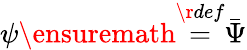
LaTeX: \psi\ensuremath{\stackrel{\r{def}}{=}}\bar{\Psi}